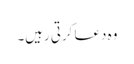
وہ دعا کرتی رہیں۔